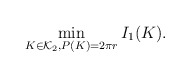
\begin{align*}\min_{K\in\mathcal{K}_2, P(K)=2\pi r}I_{1}(K).\end{align*}